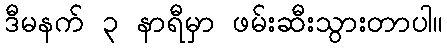
ဒီမနက် ၃ နာရီမှာ ဖမ်းဆီးသွားတာပါ။